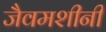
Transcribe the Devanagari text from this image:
जैवमशीनी